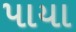
પાયા